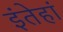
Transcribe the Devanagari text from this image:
इंतेहां